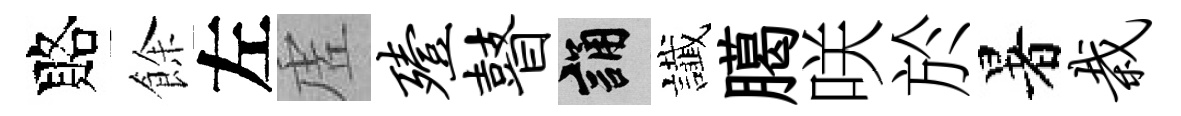
賂餘左虗殪瞽誦䜟臈咲於暑栽